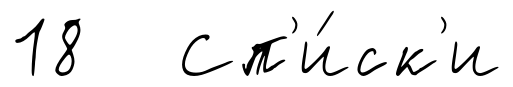
18 Сп'и́ск'и